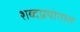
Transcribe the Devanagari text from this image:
शब्दप्रयोगात